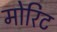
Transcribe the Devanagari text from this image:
मोरिट